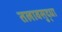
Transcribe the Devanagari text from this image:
तलावसुद्धा